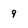
Character: 9